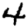
Digit: 4